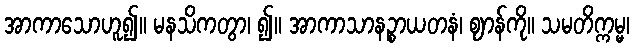
အာကာသောဟူ၍။ မနသိကတွာ၊ ၍။ အာကာသာနဉ္စာယတနံ၊ ဈာန်ကို။ သမတိက္ကမ္မ၊